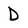
Character: D